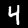
Digit: 4